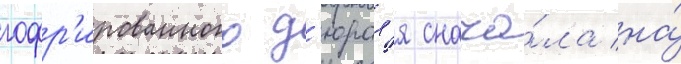
гофр'ированного д'юрал'я снача́ла на́